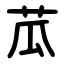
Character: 苽